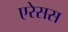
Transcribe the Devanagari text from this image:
एरेसस